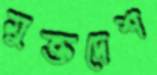
মুক্তদেশ